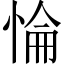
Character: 惀